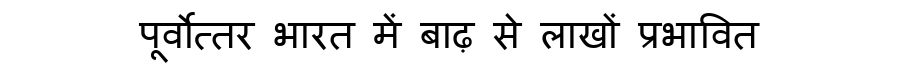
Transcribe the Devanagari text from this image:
पूर्वोत्तर भारत में बाढ़ से लाखों प्रभावित